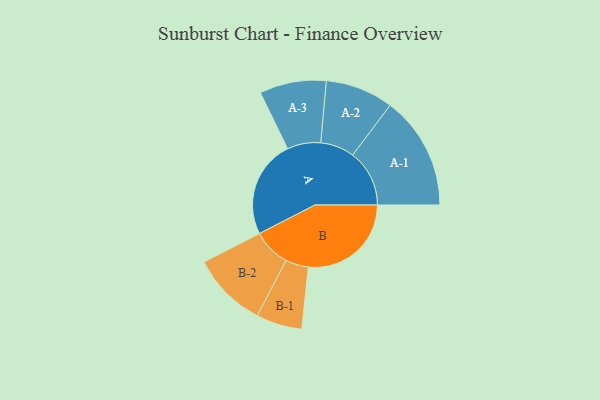
{"axis": {"x": "Segment", "y": "Value"}, "legend": ["", "A", "B"], "data": [{"x": "A", "y": 468, "type": ""}, {"x": "B", "y": 493, "type": ""}, {"x": "A-1", "y": 272, "type": "A"}, {"x": "A-2", "y": 163, "type": "A"}, {"x": "A-3", "y": 160, "type": "A"}, {"x": "B-1", "y": 110, "type": "B"}, {"x": "B-2", "y": 181, "type": "B"}]}